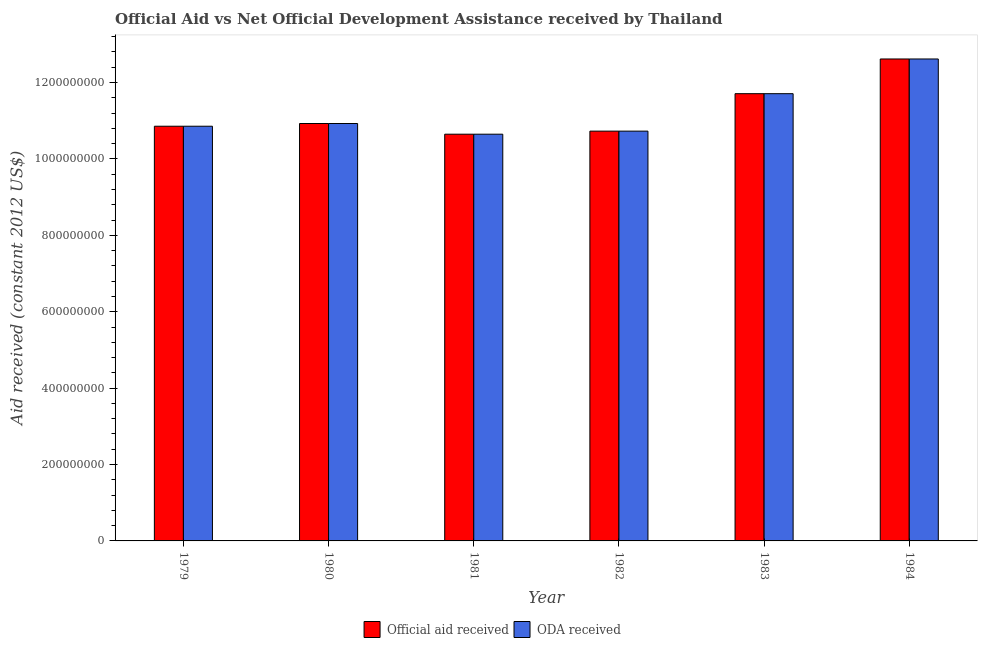
| Year | Official aid received | ODA received |
 | --- | --- | --- |
 | 1979 | 1.09e+09 | 1.09e+09 |
 | 1980 | 1.09e+09 | 1.09e+09 |
 | 1981 | 1.06e+09 | 1.06e+09 |
 | 1982 | 1.07e+09 | 1.07e+09 |
 | 1983 | 1.17e+09 | 1.17e+09 |
 | 1984 | 1.26e+09 | 1.26e+09 |